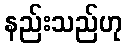
နည်းသည်ဟု